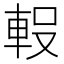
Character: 𮝇